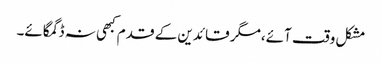
مشکل وقت آئے،مگر قائدین کے قدم کبھی نہ ڈگمگائے۔